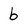
Character: b